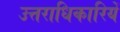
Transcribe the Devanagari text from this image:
उत्तराधिकारियें